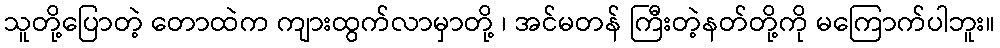
သူတို့ပြောတဲ့ တောထဲက ကျားထွက်လာမှာတို့ ၊ အင်မတန် ကြီးတဲ့နတ်တို့ကို မကြောက်ပါဘူး။